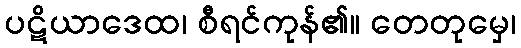
ပဋိယာဒေထ၊ စီရင်ကုန်၏။ တေတုမှေ၊